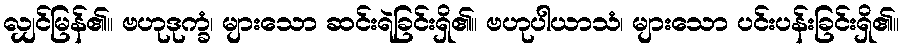
လျှင်မြန်၏။ ဗဟုဒုက္ခံ၊ များသော ဆင်းရဲခြင်းရှိ၏။ ဗဟုပါယာသံ၊ များသော ပင်းပန်းခြင်းရှိ၏။